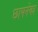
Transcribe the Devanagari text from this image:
छापनेका